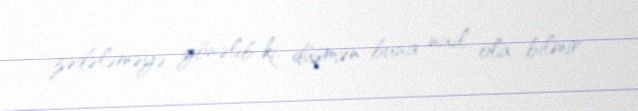
zədələməyə yönəlib ki, düşmən buna nail ola bilmir.